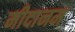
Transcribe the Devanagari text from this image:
मीदानम